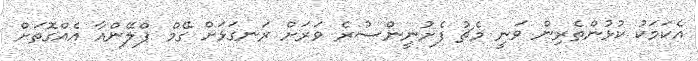
އެކަމަކު ކުޅުންތެރިން ވަނީ މެޗު ފެށުނީންސުރެ ވަރަށް ރަނގަޅަށް ގޭމް ޕްލޭންއާ އެއްގޮތަށް